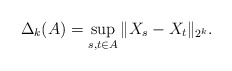
\begin{align*}\Delta_k (A) = \sup_{s,t \in A} \|X_s - X_t\|_{2^k} .\end{align*}